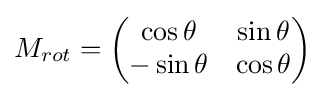
M_{rot}=\left({\begin{matrix}\cos \theta &\sin \theta \\-\sin \theta &\cos \theta \\\end{matrix}}\right)